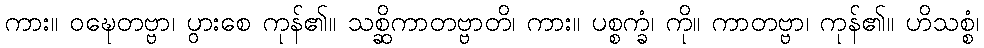
ကား။ ဝဍ္ဎေတဗ္ဗာ၊ ပွားစေ ကုန်၏။ သစ္ဆိကာတဗ္ဗာတိ၊ ကား။ ပစ္စက္ခံ၊ ကို။ ကာတဗ္ဗာ၊ ကုန်၏။ ဟိသစ္စံ၊